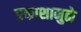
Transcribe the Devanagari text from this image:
प्रकाशामुळे